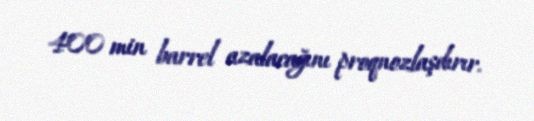
400 min barrel azalacağını proqnozlaşdırır.